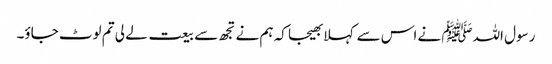
رسول اللہﷺ نے اس سے کہلا بھیجا کہ ہم نے تجھ سے بیعت لے لی تم لوٹ جاؤ۔